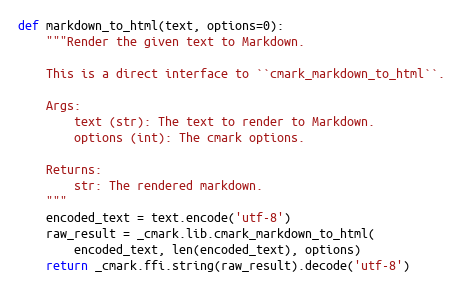
Language: Python
def markdown_to_html(text, options=0):
    """Render the given text to Markdown.

    This is a direct interface to ``cmark_markdown_to_html``.

    Args:
        text (str): The text to render to Markdown.
        options (int): The cmark options.

    Returns:
        str: The rendered markdown.
    """
    encoded_text = text.encode('utf-8')
    raw_result = _cmark.lib.cmark_markdown_to_html(
        encoded_text, len(encoded_text), options)
    return _cmark.ffi.string(raw_result).decode('utf-8')